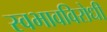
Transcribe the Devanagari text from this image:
स्वभावविरोधी